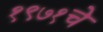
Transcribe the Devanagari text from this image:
१९७१चे